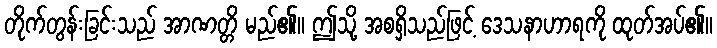
တိုက်တွန်းခြင်းသည် အာဏတ္တိ မည်၏။ ဤသို့ အစရှိသည်ဖြင့် ဒေသနာဟာရကို ထုတ်အပ်၏။